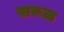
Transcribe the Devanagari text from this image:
सरूळ